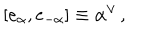
LaTeX: [ e _ { \alpha } , e _ { - \alpha } ] \equiv \alpha ^ { \vee } \, ,